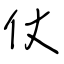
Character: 仗